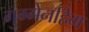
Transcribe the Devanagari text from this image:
गुग्गेनहिम